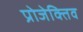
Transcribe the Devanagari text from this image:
प्रोजेक्तिव